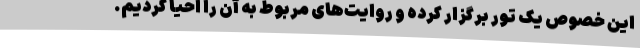
این خصوص یک تور برگزار کرده و روایت‌های مربوط به آن را احیا کردیم.